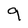
Character: 9